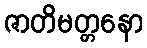
ဇာတိမတ္တနော